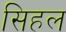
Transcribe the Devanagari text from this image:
सिहल